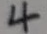
4